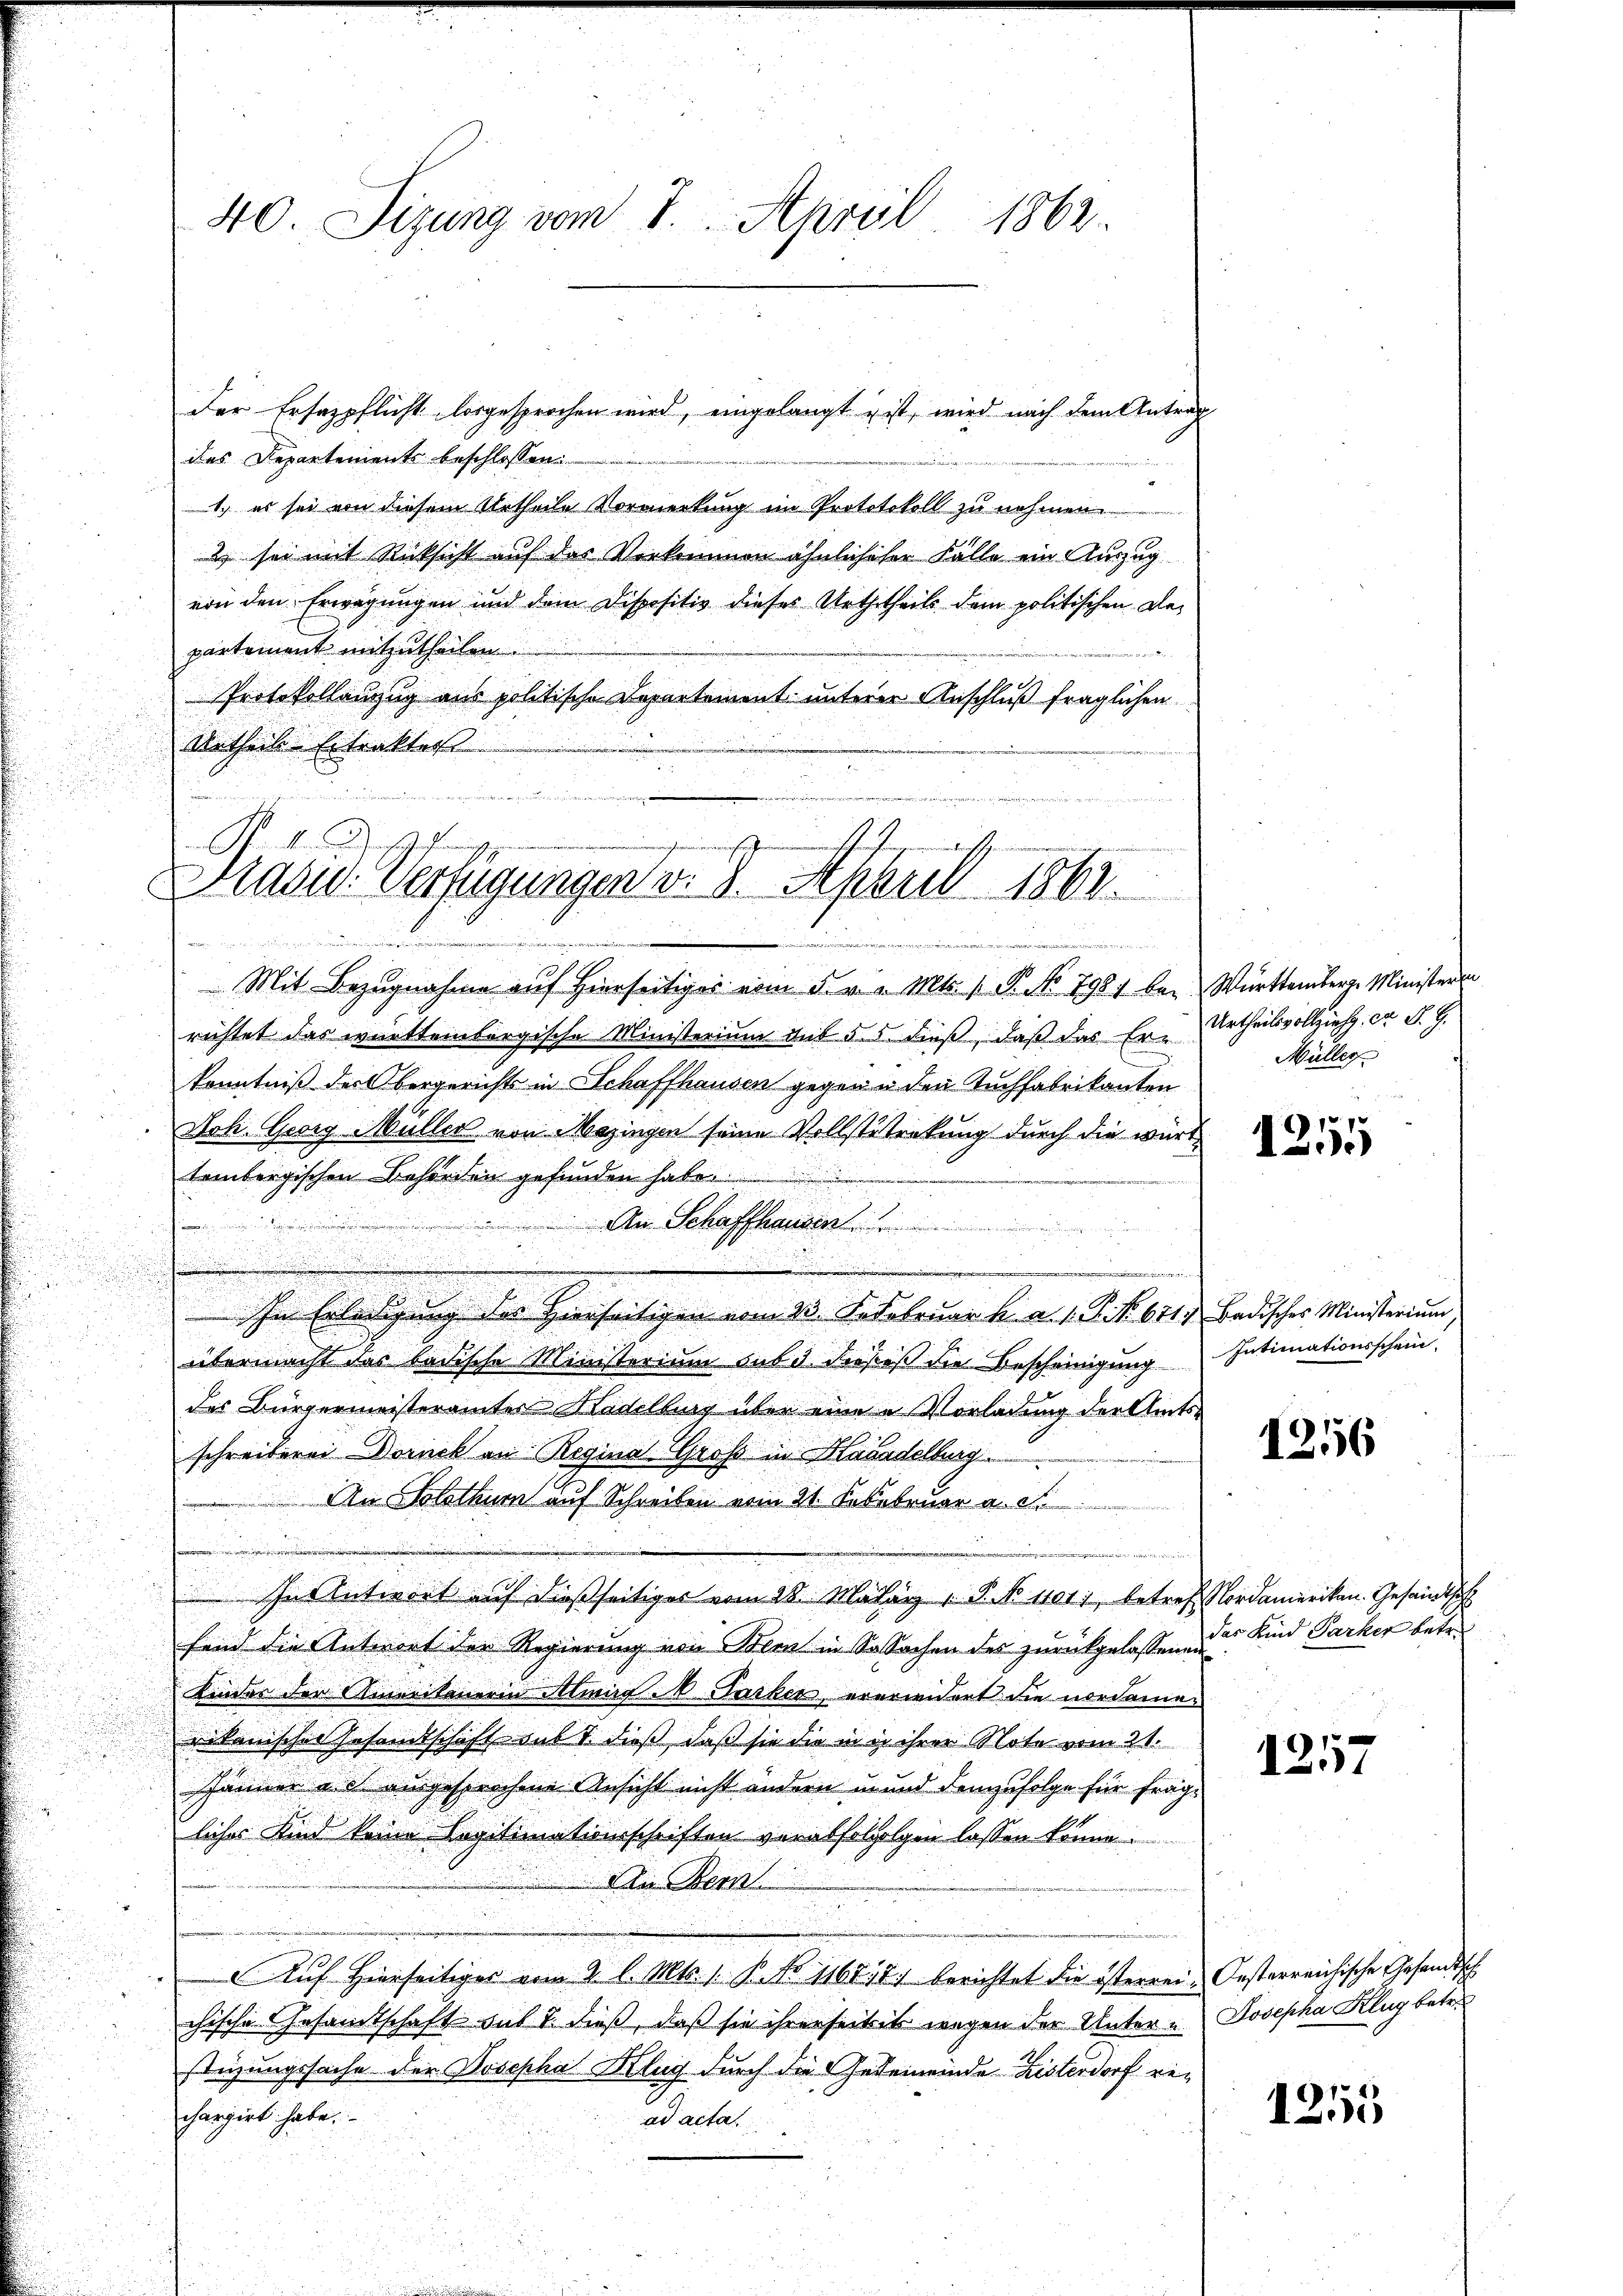
Der Ersatzpflicht losgesprochen wird, eingelangt & ist, wird nach dem Antrag
das Departements beschlossen:
1.) es sei von diesem Urtheile Vormerkung im Prototokoll zu nehmen.
2) sei mit Rücksicht auf der Vorkommen ähnlichiser Fälle ein Auszug
von den Erwägungen und dem Dispositiv dieses Urthetheils dem politischen Departement mitzutheilen.
Protokollanzug aus politische Departement untere Anschluß fraglichen
Urtheil Extraktes

Mit Bezugnahme auf Hierseitiges vom 5. v. v. Mts. (T. No 798. bei Württemberg. Ministerin
richtet das württembergische Ministerium aut §. 5. dieß, daβ das Er-Urtheilsvollziehg. ca S. G.
Kenntniß der bergerichts in Schaffhausen gegen u den Tuchfabrikanten
Joh. Georg Müller von Mezingen seine Vollstetenkung durch die württembergischen Behörden gefunden habe.
An Schaffhausen
.
e
n
In Erledigung des Herrseitigen vom 23. Sedebruar h. a. s. Z. f. 611. Badisches Ministerium,
übermacht das badische Ministerium sub d. dieses die Bescheinigung
des Bürgermeisteramter Hadelburg über eine u Vorladung der Amtsschreiberei Druck an Reginal Groß in Handelburg
An Solothurn auf Schreiben vom 21. Febebruar a. c.
e
In Antwort auf dießseitiges vom 28. März 1. P. No 401, betreff Nordamerikan. Gesandtsch
fand die Antwort der Regierung von Bern in Sachen des zurückgelassen des Kind Parker betr.
Kinder der Anweitenerin Almif A Parken, ererwidert die nordamen
rikanischer Gesandtschaft sub 1. dieß, daß sie die in in ihrer Note vom 21.
Jänner a. c. ausgesprochene Ansicht nicht andern in und demzufolge für fragliches Kind keine Legitimationsschriften verabfolgolgen lassen könne.
Die Bern
a
Auf hierseitiger vom 2. l. Mts. 1. P. Nr. 116818) berichtet die österrei Oesterreichische Gesandtsch
chische Gesandtschaft das 7. dieß, daß sie ihrerseitis wegen der Unter u Josepha Klug betre
stüzungssache der Josepha Klug durch die Gedeinende Listerdorf rechargirt habe.
ad acta

40. Sizung vom 7. April 1862.

Prasid. Verfügungen v. 8. April 1862.
v an die ein und eine einigen

2

Müller

1255

¬
Intimationsschein.

1256

1257

1255